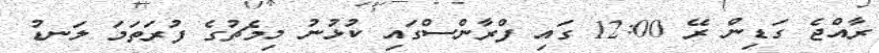
ރާއްޖެ ގަޑިން ރޭ 12:00 ގައި ފްރާންސްގައި ކުޅުނު މިމެޗުގެ ފުރަތަމަ ލަނޑު